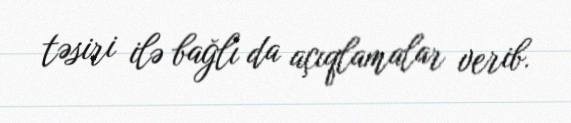
təsiri ilə bağlı da açıqlamalar verib.